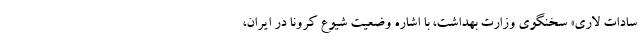
سادات لاری» سخنگوی وزارت بهداشت، با اشاره وضعیت شیوع کرونا در ایران،